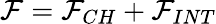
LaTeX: \mathcal{F}=\mathcal{F}_{CH}+\mathcal{F}_{INT}